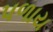
પળાય